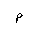
Letter: _mim